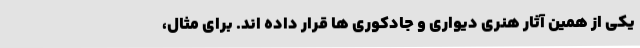
یکی از همین آثار هنری دیواری و جادکوری ها قرار داده اند. برای مثال،‌